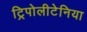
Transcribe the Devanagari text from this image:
ट्रिपोलीटेनिया